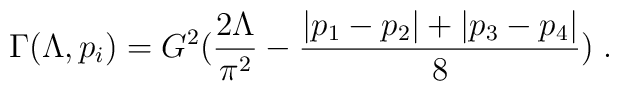
\Gamma(\Lambda, p_i) = G^2(\frac{2\Lambda}{\pi^2}-\frac{|p_1-p_2|+|p_3-p_4|}{8})\;.